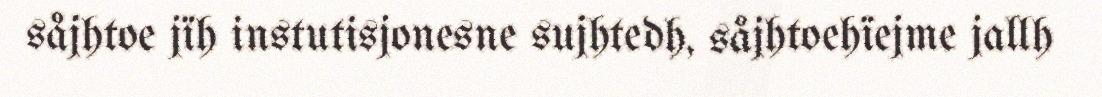
såjhtoe jïh instutisjonesne sujhtedh, såjhtoehïejme jallh